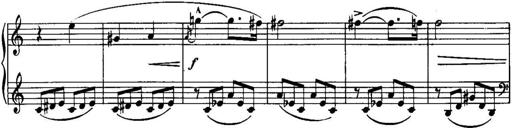
Title: Piano Sonatina No.1, Op.146
Composer: Stephen Heller